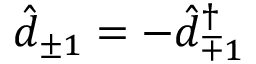
\hat { d } _ { \pm 1 } = - \hat { d } _ { \mp 1 } ^ { \dagger }